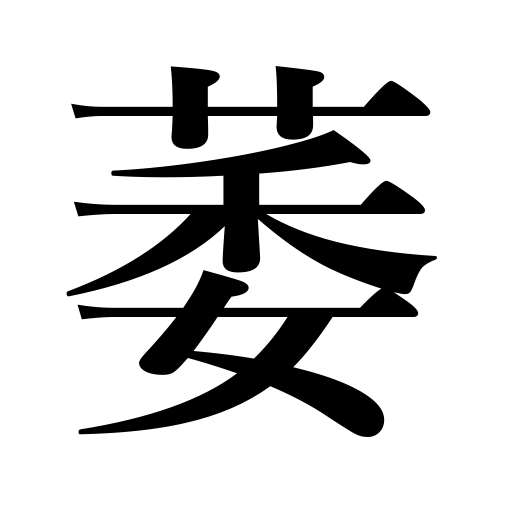
Meanings: weaken,be paralyzed,droop,wither,be lame